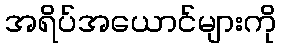
အရိပ်အယောင်များကို